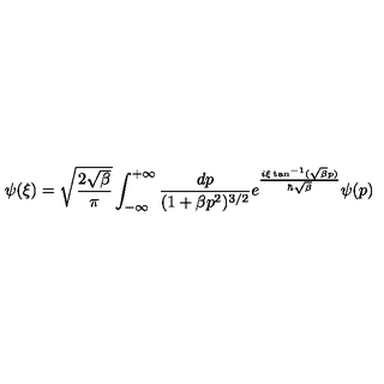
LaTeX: \psi ( { \xi } ) = \sqrt { \frac { 2 \sqrt { \beta } } { \pi } } \int _ { - \infty } ^ { + \infty } \frac { d p } { ( 1 + \beta p ^ { 2 } ) ^ { 3 / 2 } } e ^ { \frac { i { \xi } \tan ^ { - 1 } ( \sqrt { \beta } p ) } { \hbar \sqrt { \beta } } } \psi ( p )